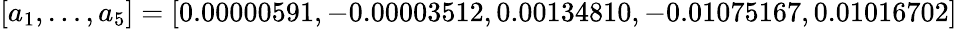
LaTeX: [a_{1},\dots,a_{5}]=[0.00000591,-0.00003512,0.00134810,-0.01075167,0.01016702]